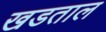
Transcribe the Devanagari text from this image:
खडताल